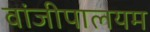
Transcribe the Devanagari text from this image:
वांजीपालयम